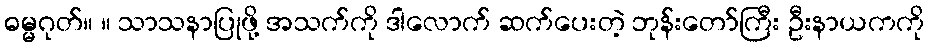
ဓမ္မဂုတ်။ ။ သာသနာပြုဖို့ အသက်ကို ဒါလောက် ဆက်ပေးတဲ့ ဘုန်းတော်ကြီး ဦးနာယကကို